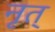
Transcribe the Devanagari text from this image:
नृत्